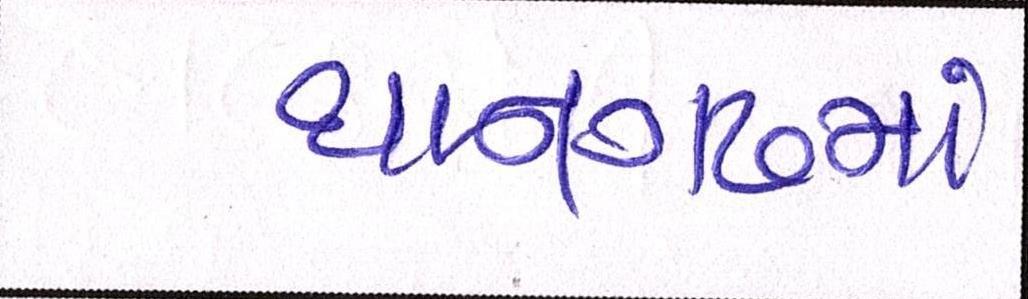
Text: થાનગઢમાં